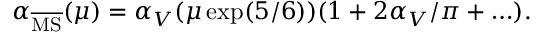
\alpha _ { \overline { { { \mathrm { M S } } } } } ( \mu ) = \alpha _ { V } ( \mu \exp ( 5 / 6 ) ) ( 1 + 2 \alpha _ { V } / \pi + \ldots ) .